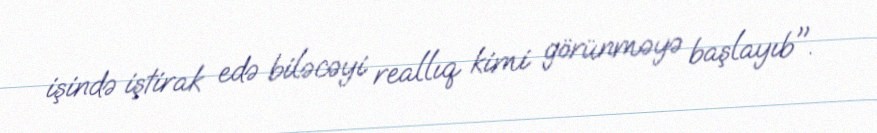
işində iştirak edə biləcəyi reallıq kimi görünməyə başlayıb".